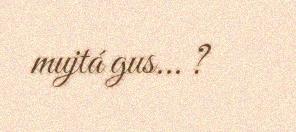
mujtá gus... ?